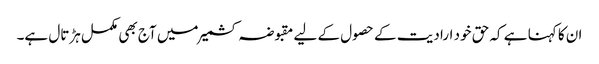
ان کا کہنا ہے کہ حق خود ارادیت کے حصول کے لیے مقبوضہ کشمیر میں آج بھی مکمل ہڑتال ہے۔